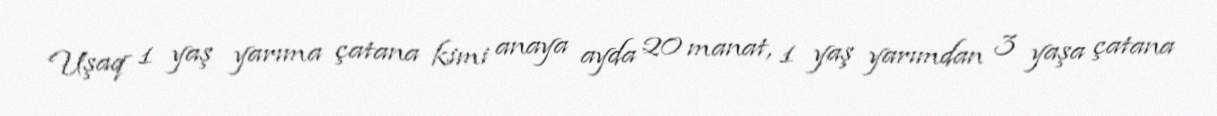
Uşaq 1 yaş yarıma çatana kimi anaya ayda 20 manat, 1 yaş yarımdan 3 yaşa çatana